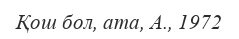
Қош бол, ата, А., 1972